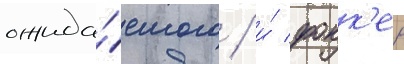
ожида́емого / и́ фокк'ер